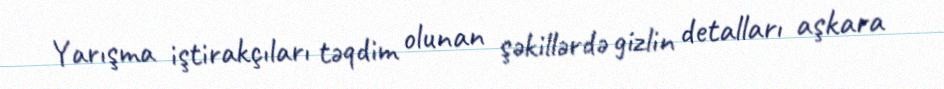
Yarışma iştirakçıları təqdim olunan şəkillərdə gizlin detalları aşkara